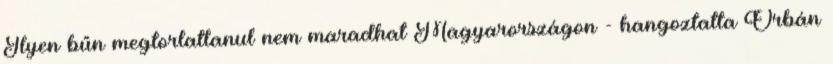
Ilyen bűn megtorlatlanul nem maradhat Magyarországon - hangoztatta Orbán